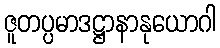
ဇူတပ္ပမာဒဋ္ဌာနာနုယောဂါ